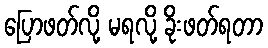
ပြောဖတ်လို့ မရလို့ ခိုးဖတ်ရတာ